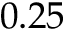
0 . 2 5